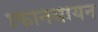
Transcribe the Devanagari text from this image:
फिनिसीयन